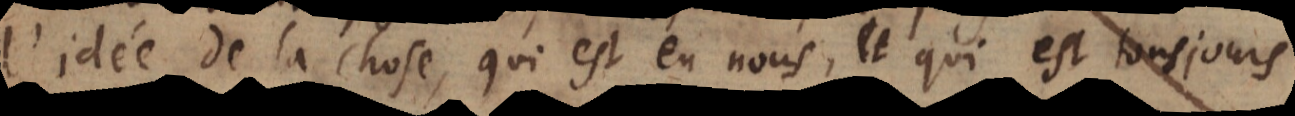
l’idée de la chose, qui est en nous, et qui est tousjours